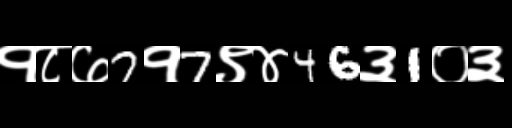
Text: १८७7१7९४46३1०३